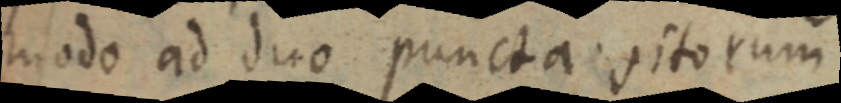
modo ad duo puncta sitorum